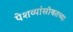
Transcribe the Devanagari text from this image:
पेशव्यांसोबतच्या